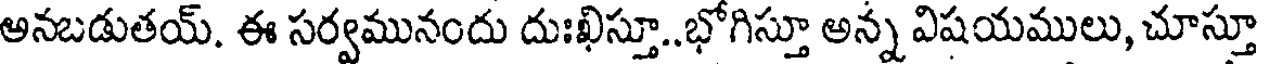
అనబడుతయ్. ఈ సర్వమునందు దుఃఖిస్తూ..భోగిస్తూ అన్న విషయములు, చూస్తూ